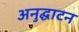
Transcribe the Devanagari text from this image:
अनुद्घाटन